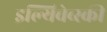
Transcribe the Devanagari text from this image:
इल्यिचेव्स्की